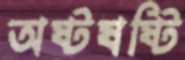
অষ্টষষ্টি